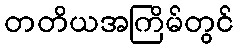
တတိယအကြိမ်တွင်